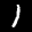
Label: 1